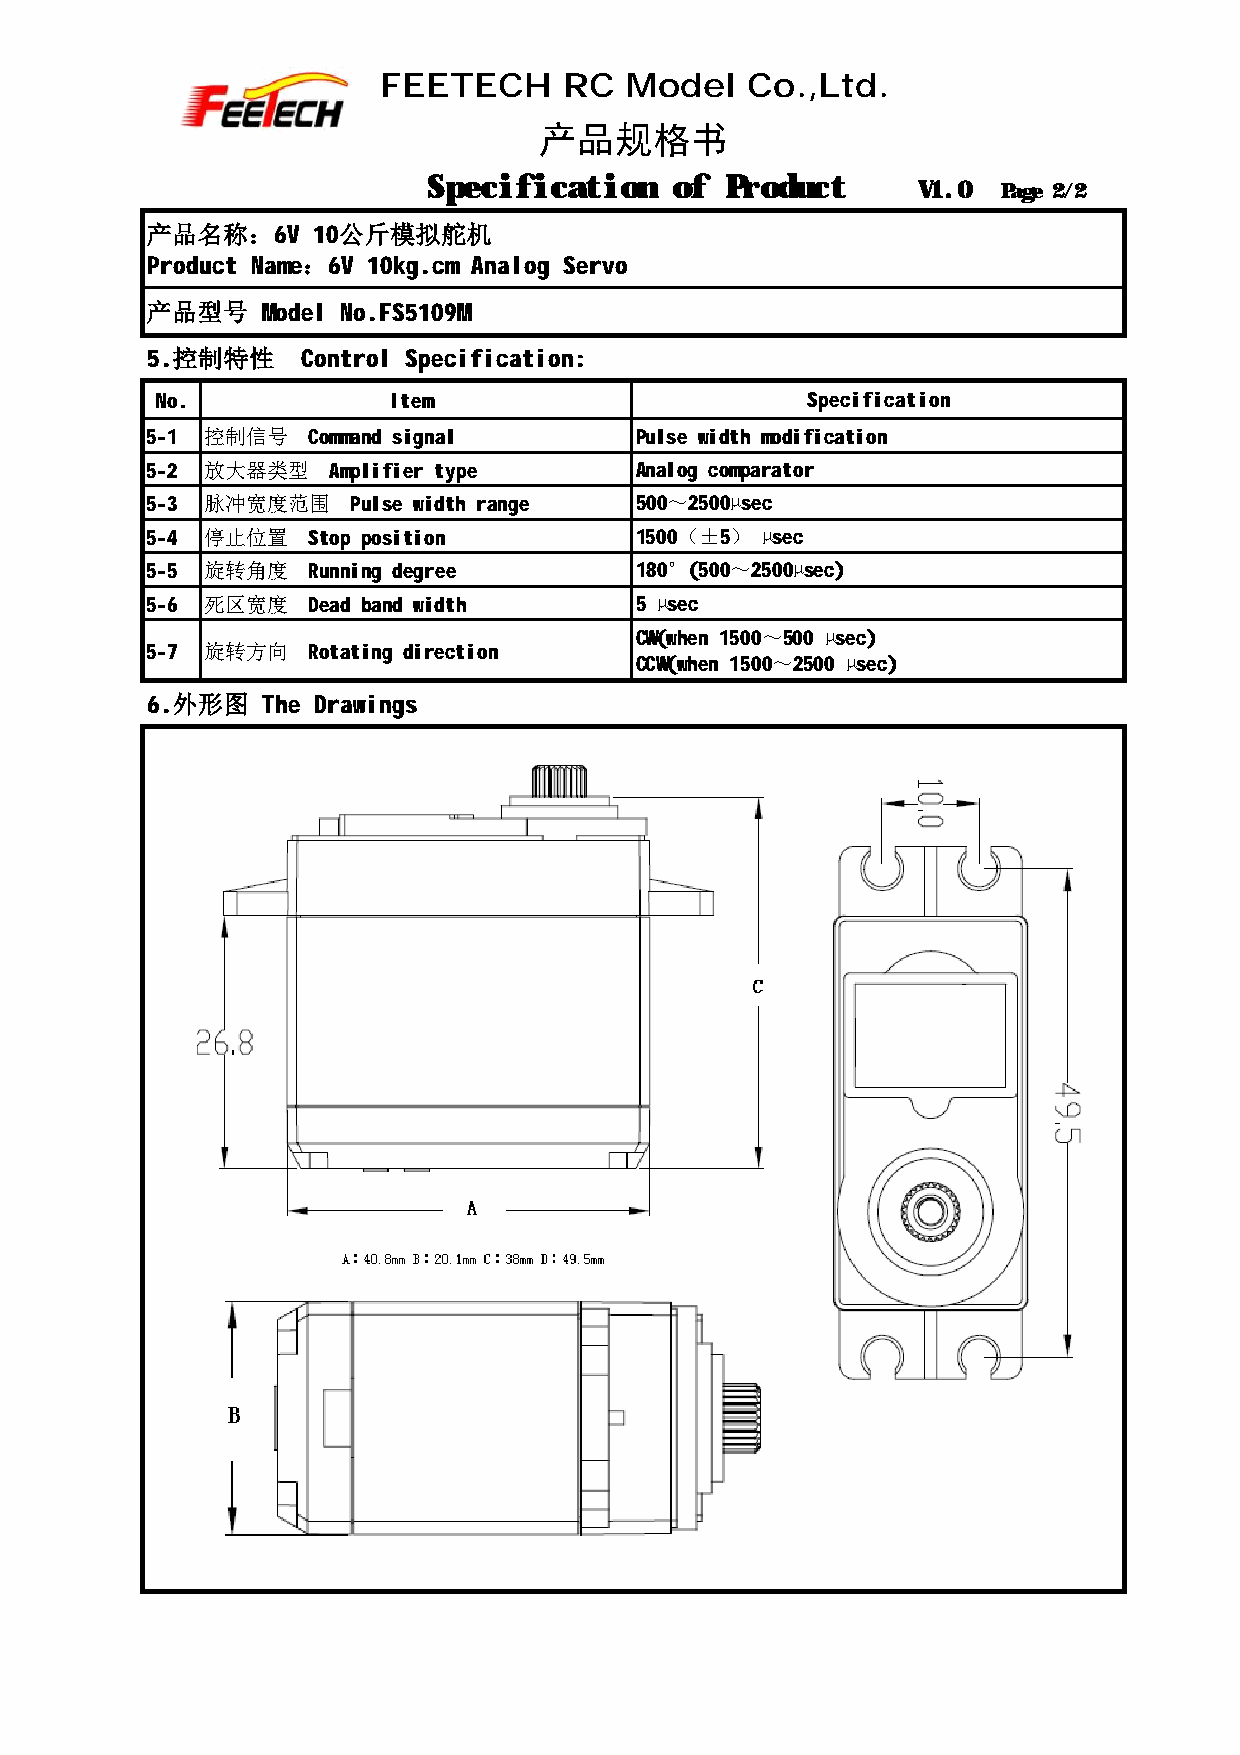
FEETECH     RC  Model   Co.,Ltd.
 产品规格书
 Specification    of Product
 V1.0 Page 2/2
 产品名称：6V    10公斤模拟舵机
 Product Name：6V 10kg.cm Analog Servo
 产品型号   Model No.FS5109M
 5.控制特性    Control Specification:
 No.             Item                       Specification
 5-1 控制信号  Command signal        Pulse width modification
 5-2 放大器类型   Amplifier type      Analog comparator
 5-3 脉冲宽度范围   Pulse width range  500～2500µsec
 5-4 停止位置  Stop position         1500（±5） µsec
 5-5 旋转角度  Running degree        180°(500～2500µsec)
 5-6 死区宽度  Dead band width       5 µsec
 CW(when 1500～500 µsec)
 5-7 旋转方向  Rotating direction
 CCW(when 1500～2500 µsec)
 6.外形图  The Drawings